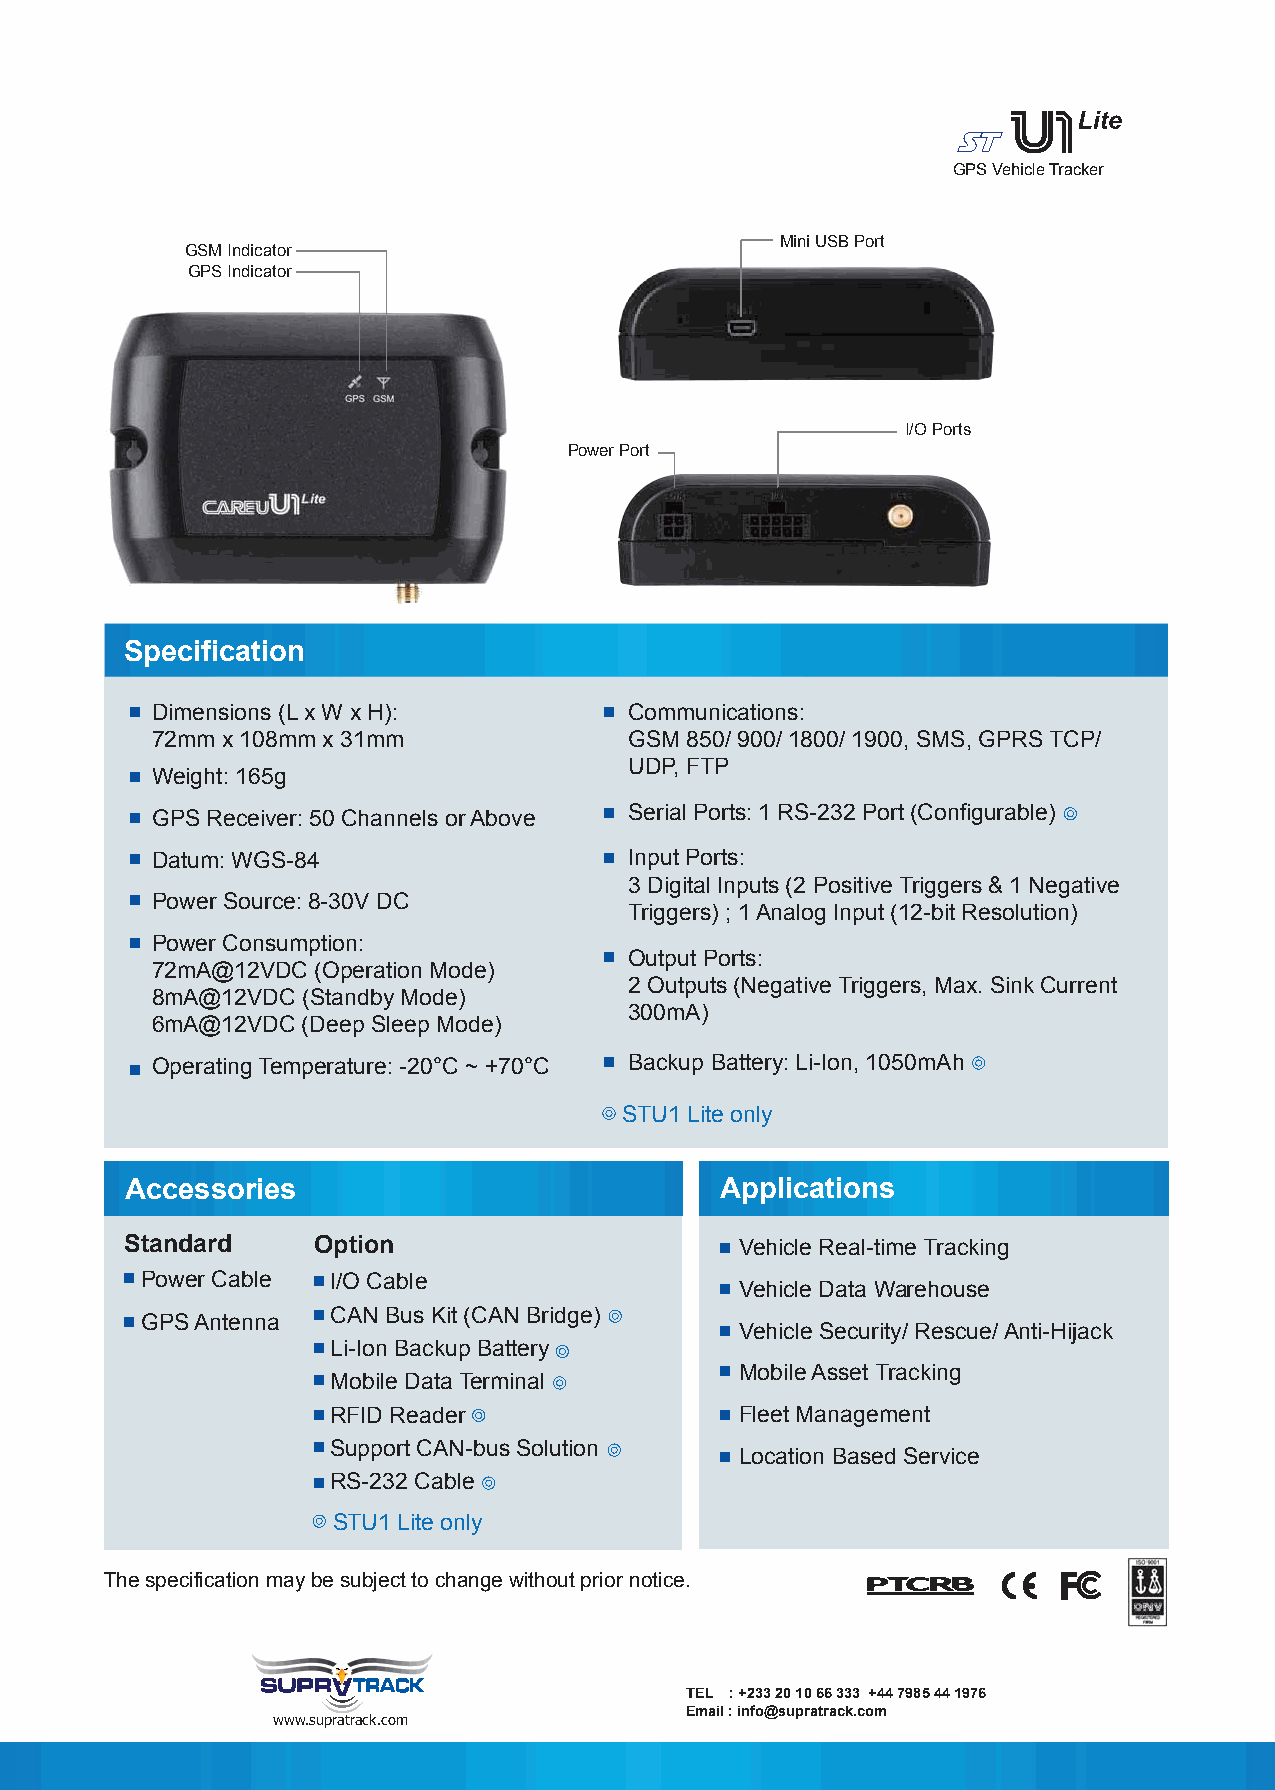
st
 GPS Vehicle Tracker
 Mini USB Port
 GSM Indicator
 GPS Indicator
 I/O Ports
 Power Port
 Specification
 Dimensions (L x W x H):         Communications:
 72mm x 108mm x 31mm             GSM 850/ 900/ 1800/ 1900, SMS, GPRS TCP/
 UDP, FTP
 Weight: 165g
 GPS Receiver: 50 Channels or Above Serial Ports: 1 RS-232 Port (Configurable)
 Datum: WGS-84                   Input Ports:
 3 Digital Inputs (2 Positive Triggers & 1 Negative
 Power Source: 8-30V DC
 Triggers) ; 1 Analog Input (12-bit Resolution)
 Power Consumption:
 Output Ports:
 72mA@12VDC (Operation Mode)
 2 Outputs (Negative Triggers, Max. Sink Current
 8mA@12VDC (Standby Mode)
 300mA)
 6mA@12VDC (Deep Sleep Mode)
 Operating Temperature: -20°C ~ +70°C Backup Battery: Li-Ion, 1050mAh
 STU1 Lite only
 Accessories                             Applications
 Standard     Option                      Vehicle Real-time Tracking
 Power Cable  I/O Cable
 Vehicle Data Warehouse
 CAN Bus Kit (CAN Bridge)
 GPS Antenna
 Vehicle Security/ Rescue/ Anti-Hijack
 Li-Ion Backup Battery
 Mobile Asset Tracking
 Mobile Data Terminal
 RFID Reader                Fleet Management
 Support CAN-bus Solution
 Location Based Service
 RS-232 Cable
 STU1 Lite only
 The specification may be subject to change without prior notice.
 TEL : +233 20 10 66 333 +44 7985 44 1976
 Email : info@supratrack.com
 www.supratrack.com